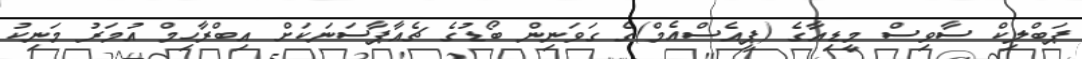
ޕަބްލިކް ސާވިސް މީޑިއާގެ (ޕީއެސްއެމް)ގެ ގަވަނިން ބޯޑުގެ ޗެއާޕާސަނަކަށް އިބްރާހިމް އުމަރު މަނިކު